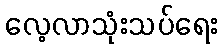
လေ့လာသုံးသပ်ရေး